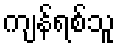
ကျန်ရစ်သူ